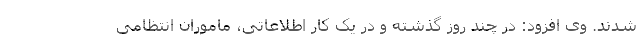
شدند. وی افزود: در چند روز گذشته و در یک کار اطلاعاتی، ماموران انتظامی